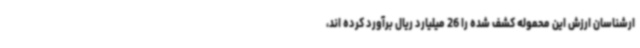
ارشناسان ارزش این محموله کشف شده را 26 میلیارد ریال برآورد کرده اند،